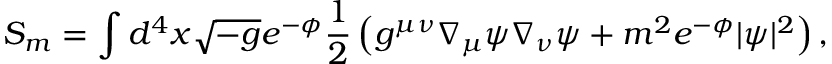
S _ { m } = \int d ^ { 4 } x \sqrt { - g } e ^ { - \phi } \frac { 1 } { 2 } \left( g ^ { \mu \nu } \nabla _ { \mu } \psi \nabla _ { \nu } \psi + m ^ { 2 } e ^ { - \phi } | \psi | ^ { 2 } \right) ,